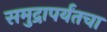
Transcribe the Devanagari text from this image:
समुद्रापर्यंतचा